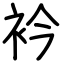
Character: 衿